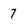
Character: 7